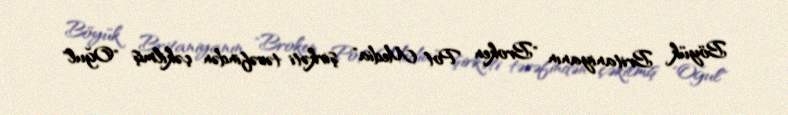
Böyük Britaniyanın "Broken Pot Media" şirkəti tərəfindən çəkilmiş "Oğul"